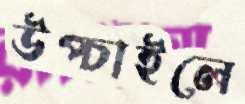
উপ্‌চাইলে